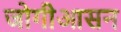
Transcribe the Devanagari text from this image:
जोगीआसन